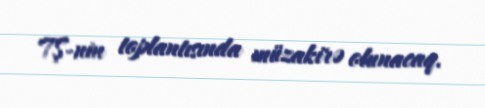
TŞ-nin toplantısında müzakirə olunacaq.